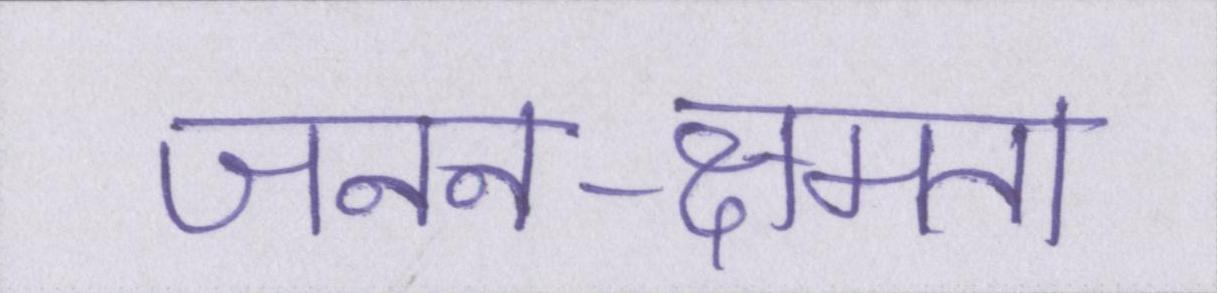
जनन-क्षमता